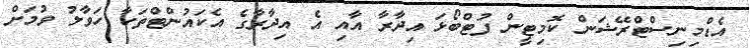
އެޑްމިނިސްޓްރޭޝަން ކޮމިޓީން ފުޓްބޯޅަ އިދާރާ އާއި އެ އިދާރާގެ އެކައުންޓްތަކާ ހަވާލު ވުމަށް